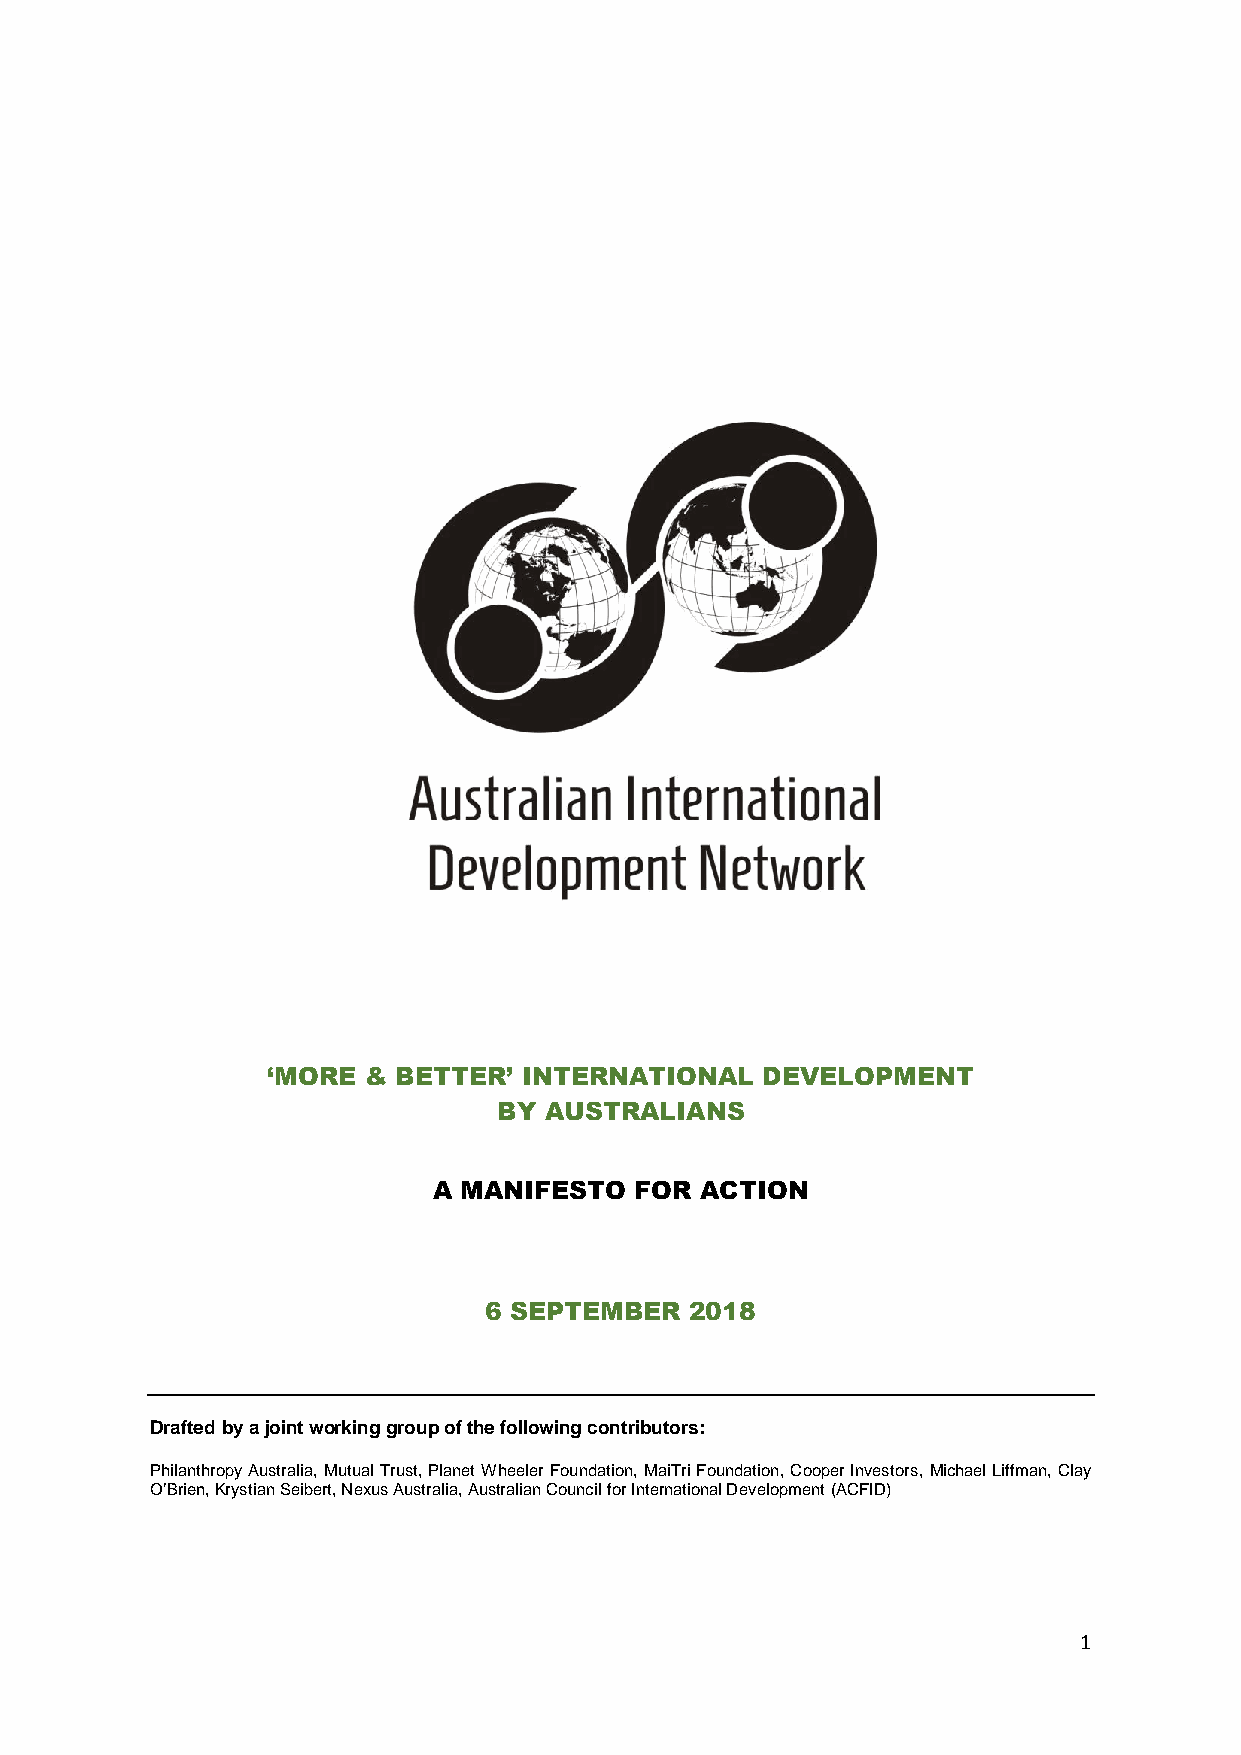
‘MORE & BETTER’  INTERNATIONAL  DEVELOPMENT
 BY AUSTRALIANS
 A MANIFESTO  FOR ACTION
 6 SEPTEMBER   2018
 Drafted by a joint working group of the following contributors:
 Philanthropy Australia, Mutual Trust, Planet Wheeler Foundation, MaiTri Foundation, Cooper Investors, Michael Liffman, Clay
 O’Brien, Krystian Seibert, Nexus Australia, Australian Council for International Development (ACFID)
 1